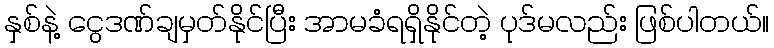
နှစ်နဲ့ ငွေဒဏ်ချမှတ်နိုင်ပြီး အာမခံရရှိနိုင်တဲ့ ပုဒ်မလည်း ဖြစ်ပါတယ်။